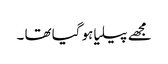
مجھے پیلیا ہو گیا تھا ۔